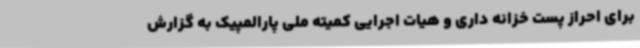
برای احراز پست خزانه داری و هیات اجرایی کمیته ملی پارالمپیک به گزارش